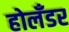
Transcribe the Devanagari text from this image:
होलॅंडर